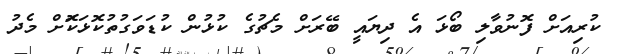
ކުރިއަށް ފޮނުވާލި ބޯޅަ އެ ދިޔައީ ބޭރަށް މެޗުގެ ކުޅުން ކުޑަވަގުތުކޮޅަކޮަށް މެދު